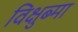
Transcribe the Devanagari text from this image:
विक्षुब्मा